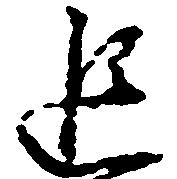
追